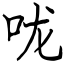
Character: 咙